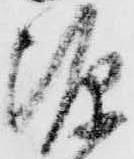
源